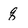
Character: q